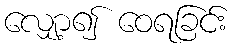
လျှော့၍ ဝေရခြင်း